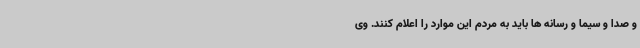
و صدا و سیما و رسانه ها باید به مردم این موارد را اعلام کنند. وی